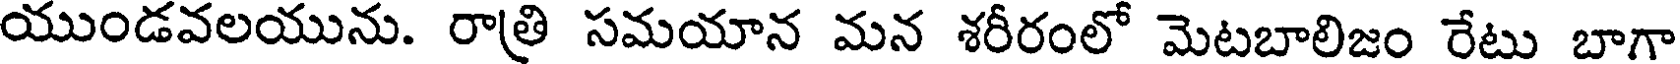
యుండవలయును. రాత్రి సమయాన మన శరీరంలో మెటబాలిజం రేటు బాగా